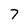
Character: 7